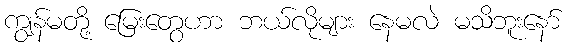
ကျွန်မတို့ မြေးတွေဟာ ဘယ်လိုများ နေမလဲ မသိဘူးနော်